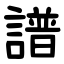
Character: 譜